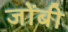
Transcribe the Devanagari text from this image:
जोंबी